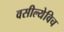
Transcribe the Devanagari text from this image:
वसील्येविच